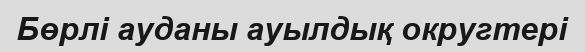
Бөрлі ауданы ауылдық округтері